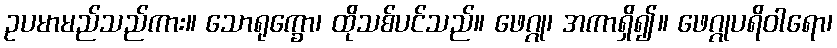
ဥပမာမည်သည်ကား။ သောရုက္ခော၊ ထိုသစ်ပင်သည်။ ဖေဂ္ဂု၊ အကာရှိ၍။ ဖေဂ္ဂုပရိဝါရော၊